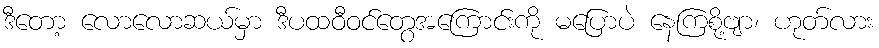
ဒီတော့ လောလောဆယ်မှာ ဒီပထဝီဝင်တွေအကြောင်းကို မပြောပဲ နေကြစို့ဗျာ၊ ဟုတ်လား